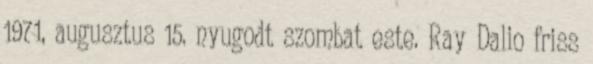
1971, augusztus 15. nyugodt szombat este. Ray Dalio friss